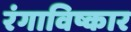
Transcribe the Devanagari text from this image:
रंगाविष्कार